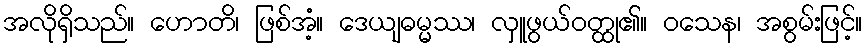
အလိုရှိသည်။ ဟောတိ၊ ဖြစ်အံံ့။ ဒေယျဓမ္မဿ၊ လှူဖွယ်ဝတ္ထု၏။ ဝသေန၊ အစွမ်းဖြင့်။